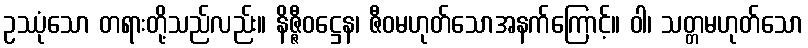
ဥဿုံသော တရားတို့သည်လည်း။ နိဇ္ဇီဝဋ္ဌေန၊ ဇီဝမဟုတ်သောအနက်ကြောင့်။ ဝါ၊ သတ္တမဟုတ်သော